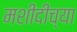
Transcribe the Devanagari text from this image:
मशीदीच्या